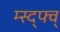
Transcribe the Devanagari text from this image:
म्स्द्फ्व्